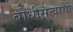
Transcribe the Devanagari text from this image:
बोधीसत्वाची